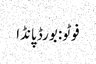
فوٹو: بورڈ پانڈا